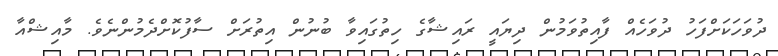
ދުވަހަކަށްފަހު ދުވަހެއް ފާއިތުވަމުން ދިޔައީ ރައިޝާގެ ހިތުގައިވާ ބުނުން އިތުރަށް ސާފުކޮށްދެމުންނެވެ. މާއިޝްއާ